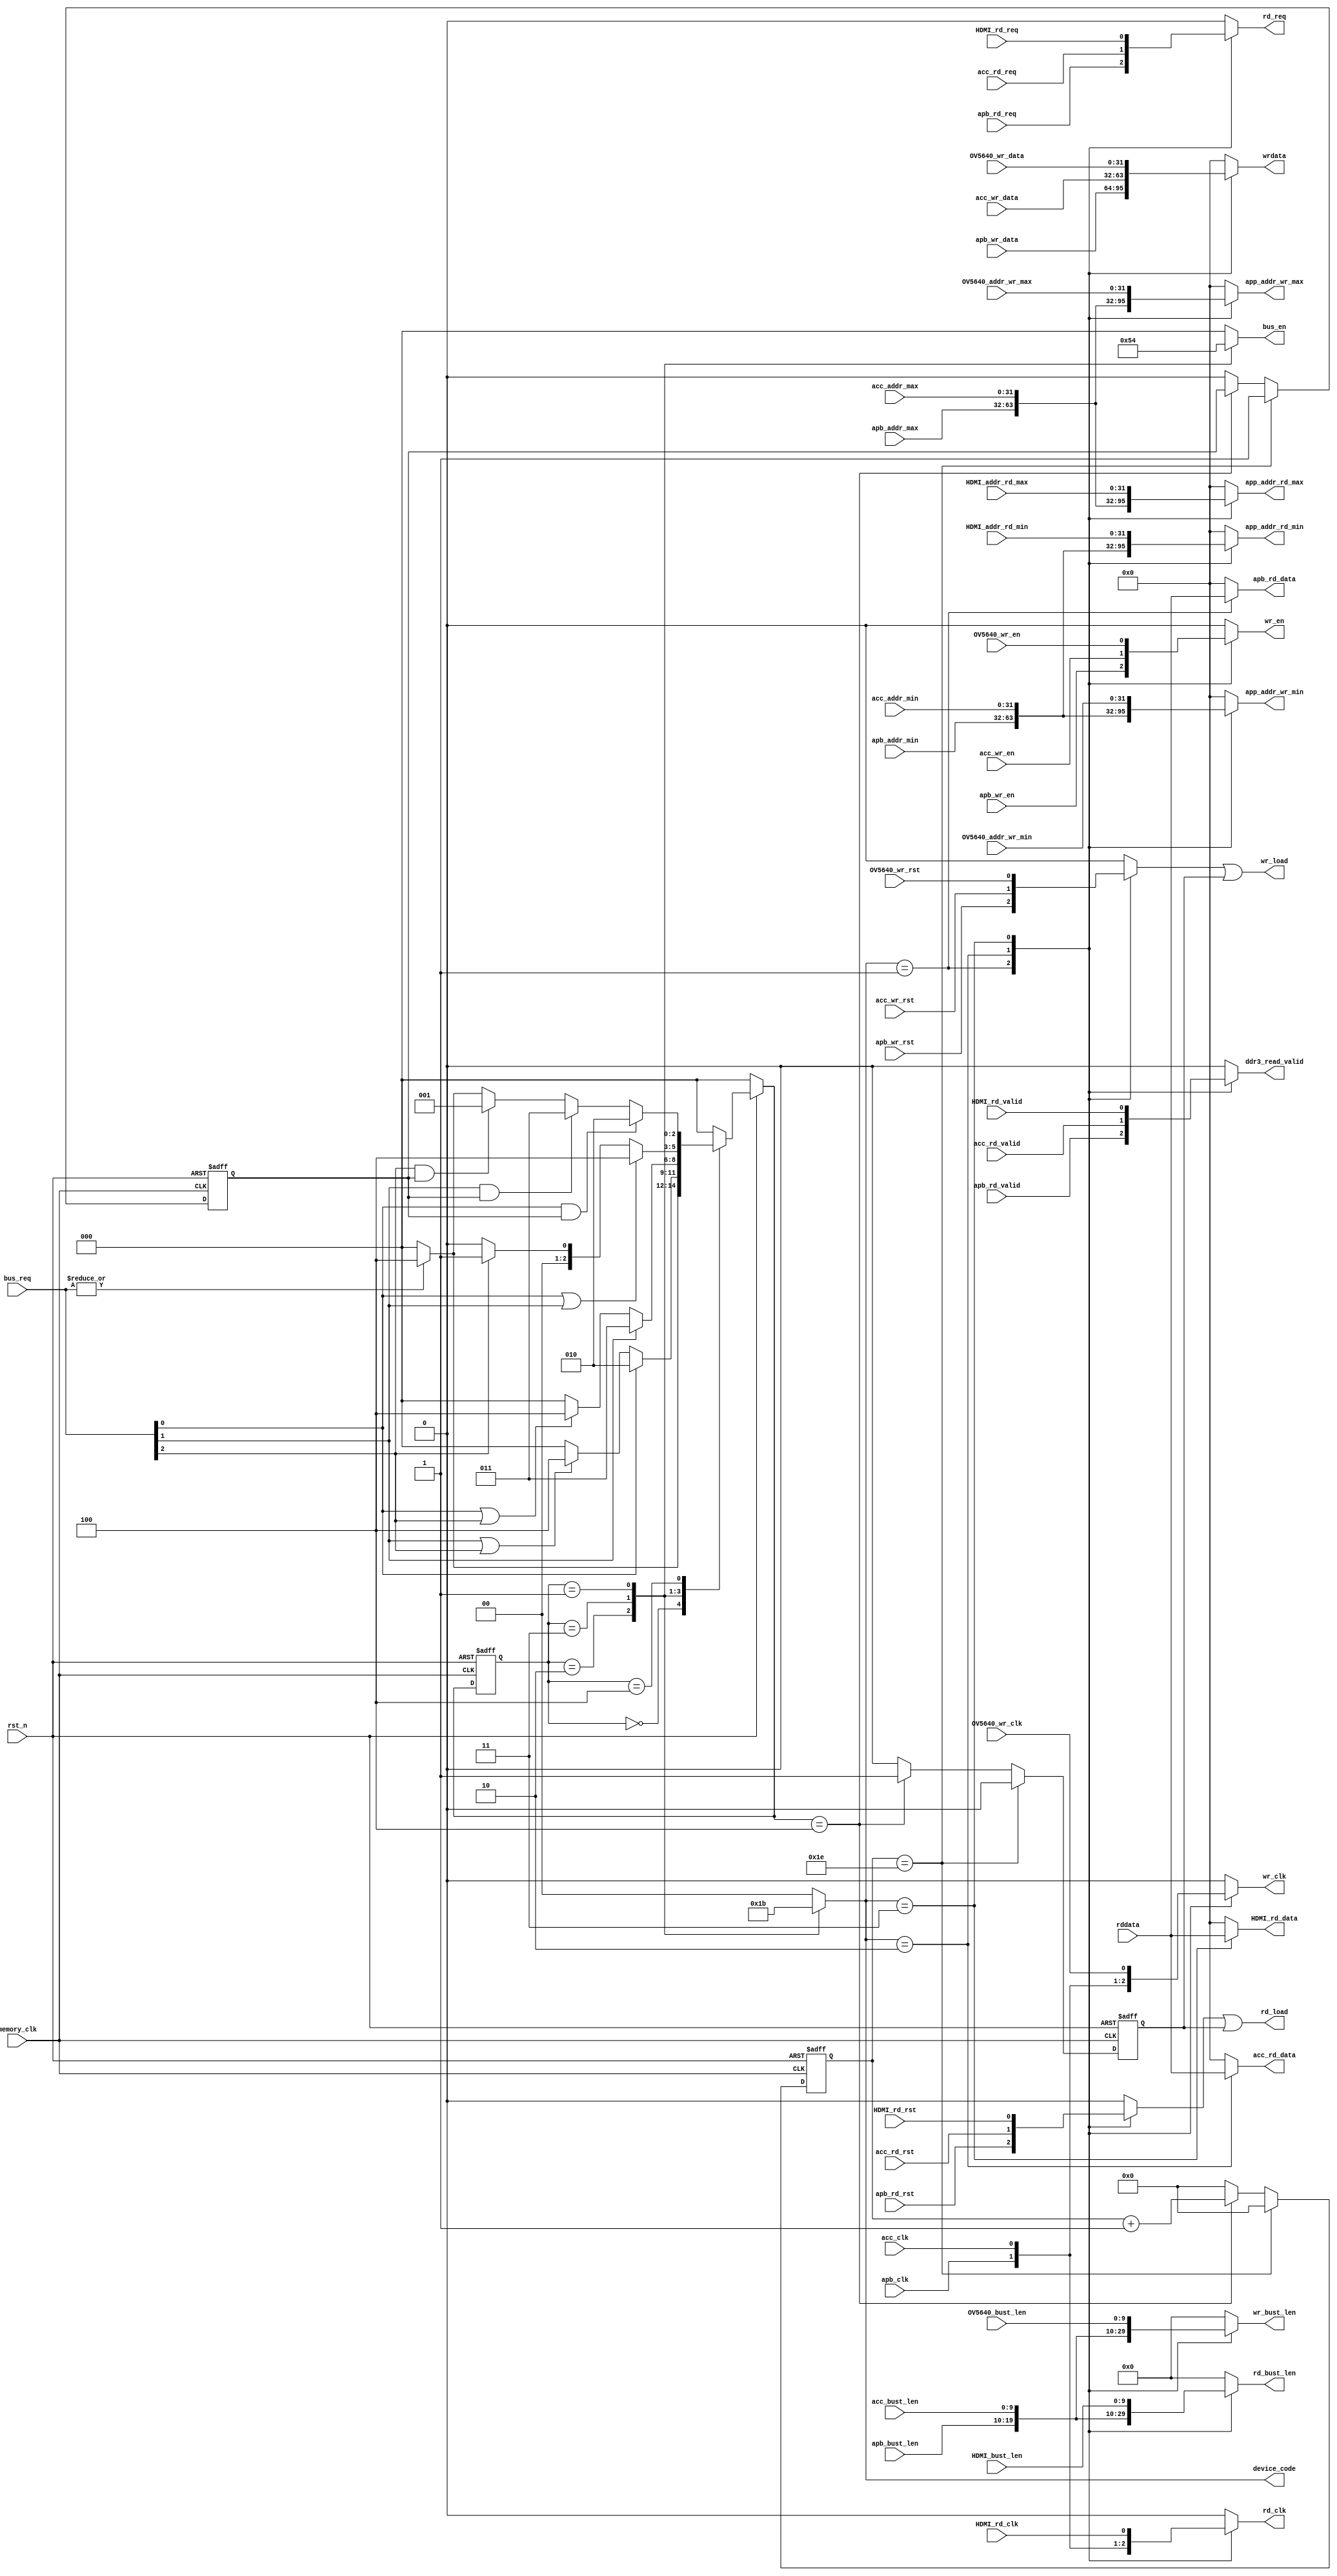
module ddr3_arb (
    /*mux signal*/
    output  reg             wr_clk,
    output  reg             wr_en,
    output                  wr_load,
    output  reg             rd_clk,
    output  reg             rd_req,
    output  reg             ddr3_read_valid,
    output                  rd_load,
    // output  reg             ddr3_pingpang_en,
    output  reg [31:0]      wrdata,
    input   [31:0]           rddata,
    output  reg [31:0]      app_addr_wr_min,
    output  reg [31:0]      app_addr_wr_max,
    output  reg [31:0]      app_addr_rd_min,
    output  reg [31:0]      app_addr_rd_max,
    output  reg [9:0]       wr_bust_len,
    output  reg [9:0]       rd_bust_len,

    input                   rst_n,
    output  reg [1:0]       device_code,    //  idle:00 CPU:01  ACC:10  HDMI_OV5640:11
    input                   memory_clk,      
    output  reg [2:0]       bus_en,         //{   HDMI_OV5640[2]  , ACC[1],CPU[0]}
    input   [2:0]           bus_req,        //{   HDMI_OV5640[2]  , ACC[1],CPU[0]}

    /*apb alv signal in*/
    input               apb_clk,
    input               apb_wr_en,
    input   [31:0]      apb_wr_data,           
    input   [31:0]      apb_addr_min,       
    input   [31:0]      apb_addr_max,
    input   [9:0]       apb_bust_len,
    output  reg [31:0]  apb_rd_data,
    input               apb_wr_rst,
    input               apb_rd_req,
    input               apb_rd_valid,
    input               apb_rd_rst,
    /*ov5640_himi signal in*/
    input               HDMI_rd_clk,
    input               HDMI_rd_req,
    input   [32-1:0]    HDMI_addr_rd_min,
    input   [32-1:0]    HDMI_addr_rd_max,
    input   [9:0]       HDMI_bust_len,
    input               HDMI_rd_valid,
    input               HDMI_rd_rst,
    output  reg [32-1:0]HDMI_rd_data,
    input               OV5640_wr_clk,
    input               OV5640_wr_en,
    input   [32-1:0]    OV5640_addr_wr_min,
    input   [32-1:0]    OV5640_addr_wr_max,
    input   [9:0]       OV5640_bust_len,
    input               OV5640_wr_rst,
    input   [32-1:0]    OV5640_wr_data,
    /*acc signal in*/
    input               acc_clk,
	input			    acc_wr_en,
	input	[32-1:0]    acc_wr_data,
	input	[32-1:0]    acc_addr_min,		
	input	[32-1:0]    acc_addr_max,	
	input	[9:0]	    acc_bust_len,	
	input			    acc_wr_rst,
	input			    acc_rd_req,
	output	reg [32-1:0]acc_rd_data,
	input			    acc_rd_valid,
	input			    acc_rd_rst

);  
    reg wr_load_t, rd_load_t, flush_sig;
    assign wr_load = wr_load_t | flush_sig;
    assign rd_load = rd_load_t | flush_sig;

    localparam bus_idle = 3'b000;
    localparam bus_ovh = 3'b001;
    localparam bus_cpu = 3'b010;
    localparam bus_acc = 3'b011;
    localparam bus_flush = 3'b100;
    reg [2:0] current_state;
    reg [2:0] next_state;

    reg [5:0] flush_cnt;
    reg flush_fn_flg;
    always @(posedge memory_clk or negedge rst_n) begin
        if(!rst_n) begin
            current_state <= bus_idle;
        end
        else    current_state <= next_state;
    end
    always @(*) begin
        if(!rst_n) begin
            next_state <= bus_idle;
        end
        else begin
            case (current_state)
                bus_idle: begin
                    if (|bus_req) next_state = bus_flush;
                    else next_state = bus_idle;
                end
                bus_cpu: begin
                    if (bus_req[0]) next_state = bus_cpu;
                    else if(bus_req[1] || bus_req[2]) next_state = bus_flush;
                    else next_state = bus_idle;
                end
                bus_acc: begin
                    if (bus_req[1]) next_state = bus_acc;
                    else if(bus_req[0] || bus_req[2]) next_state = bus_flush;
                    else next_state = bus_idle;
                end
                bus_ovh: begin
                    if (bus_req[0] || bus_req[1]) next_state = bus_flush;
                    else if (bus_req[2]) next_state = bus_ovh;
                    else next_state = bus_idle;
                end
                bus_flush: begin
                    if (bus_req[0] && flush_fn_flg) next_state = bus_cpu;
                    else if(bus_req[1] && flush_fn_flg) next_state = bus_acc;
                    else if(bus_req[2] && /*OV5640_wr_rst|HDMI_rd_rst &&*/ flush_fn_flg) next_state = bus_ovh;
                    else if(~(|bus_req))next_state = bus_idle;
                    else next_state = bus_flush;
                end
                default: next_state = bus_idle;
            endcase
        end
    end
    always @(*) begin
        case (current_state)
                bus_idle: begin bus_en = 3'b000; device_code = 2'b00; end
                bus_cpu:  begin bus_en = 3'b001; device_code = 2'b01; end
                bus_acc:  begin bus_en = 3'b010; device_code = 2'b10; end
                bus_ovh:  begin bus_en = 3'b100; device_code = 2'b11; end
                bus_flush:begin bus_en = 3'b000; device_code = 2'b00; end
                default:  begin bus_en = 3'b000; device_code = 2'b00; end
        endcase
    end
    always @(posedge memory_clk or negedge rst_n) begin
        if(!rst_n) begin
            flush_cnt <= 6'b0;
            flush_fn_flg <= 1'b0;
            flush_sig <= 1'b0;
        end
        else if(flush_cnt == 6'd30) begin
            flush_sig <= 1'b0;
            flush_fn_flg <= 1'b1;
            flush_cnt <= 2'b00;
        end 
        else if(next_state == bus_flush) begin
            flush_cnt <= flush_cnt + 1'b1;
            flush_sig <= 1'b1;
        end
        else begin
            flush_cnt <= 2'b00;
            flush_fn_flg <= 1'b0;
            flush_sig <= 1'b0;
        end 
    end
    always @(*) begin
        case (device_code)
            2'b01: begin
                wr_clk = apb_clk;
                wr_en = apb_wr_en;
                wr_load_t = apb_wr_rst;
                rd_clk = apb_clk;
                rd_req = apb_rd_req;
                ddr3_read_valid = apb_rd_valid;
                rd_load_t = apb_rd_rst;
                wrdata = apb_wr_data;
                apb_rd_data = rddata;
                acc_rd_data = 32'b0;
                HDMI_rd_data = 32'b0;
                app_addr_wr_min = apb_addr_min;
                app_addr_wr_max = apb_addr_max;
                app_addr_rd_min = apb_addr_min;
                app_addr_rd_max = apb_addr_max;
                wr_bust_len = apb_bust_len;
                rd_bust_len = apb_bust_len;
            end 
            2'b10:begin
                wr_clk = acc_clk;
                wr_en = acc_wr_en;
                wr_load_t = acc_wr_rst;
                rd_clk = acc_clk;
                rd_req = acc_rd_req;
                ddr3_read_valid = acc_rd_valid;
                rd_load_t = acc_rd_rst;
                wrdata = acc_wr_data;
                apb_rd_data = 32'b0;
                acc_rd_data = rddata;
                HDMI_rd_data = 32'b0;
                app_addr_wr_min = acc_addr_min;
                app_addr_wr_max = acc_addr_max;
                app_addr_rd_min = acc_addr_min;
                app_addr_rd_max = acc_addr_max;
                wr_bust_len = acc_bust_len;
                rd_bust_len = acc_bust_len;
            end
            2'b11:begin
                wr_clk = OV5640_wr_clk;
                wr_en = OV5640_wr_en;
                wr_load_t = OV5640_wr_rst;
                rd_clk = HDMI_rd_clk;
                rd_req = HDMI_rd_req;
                ddr3_read_valid = HDMI_rd_valid;
                rd_load_t = HDMI_rd_rst;
                wrdata = OV5640_wr_data;
                apb_rd_data = 32'b0;
                acc_rd_data = 32'b0;
                HDMI_rd_data = rddata;
                app_addr_wr_min = OV5640_addr_wr_min;
                app_addr_wr_max = OV5640_addr_wr_max;
                app_addr_rd_min = HDMI_addr_rd_min;
                app_addr_rd_max = HDMI_addr_rd_max;
                wr_bust_len = OV5640_bust_len;
                rd_bust_len = HDMI_bust_len;  
            end
            default: begin
                wr_clk = 1'b0;
                wr_en = 1'b0;
                wr_load_t = 1'b0;
                rd_clk = 1'b0;
                rd_req = 1'b0;
                ddr3_read_valid = 1'b0;
                rd_load_t = 1'b0;
                wrdata = 32'b0;
                apb_rd_data = 32'b0;
                acc_rd_data = 32'b0;
                HDMI_rd_data = 32'b0;
                app_addr_wr_min = 32'b0;
                app_addr_wr_max = 32'b0;
                app_addr_rd_min = 32'b0;
                app_addr_rd_max = 32'b0;
                wr_bust_len = 10'b0;
                rd_bust_len = 10'b0;  
            end
        endcase
    end

endmodule